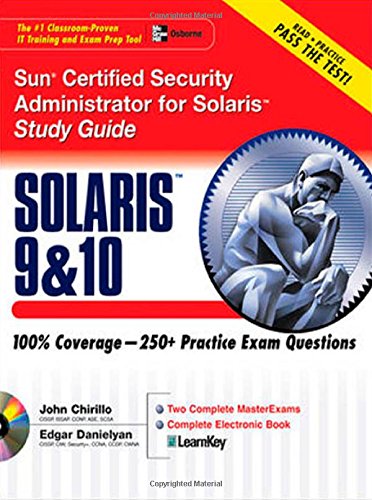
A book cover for Sun Certified Security Administrator for Solaris 9 & 10 Study Guide (Certification Press); John Chirillo; Computers & Technology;